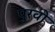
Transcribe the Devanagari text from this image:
पुरवो